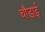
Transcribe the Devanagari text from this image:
चौडा़ई